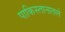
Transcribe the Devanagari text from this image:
पाकिस्तानातले